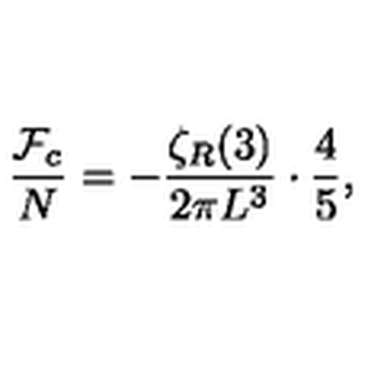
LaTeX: { \frac { { \cal F } _ { c } } { N } } = - { \frac { \zeta _ { R } ( 3 ) } { 2 \pi L ^ { 3 } } } \cdot { \frac { 4 } { 5 } } ,